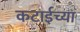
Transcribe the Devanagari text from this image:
कटाईच्या